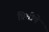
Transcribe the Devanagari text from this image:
प्रिचीपे